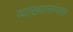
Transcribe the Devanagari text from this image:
व्याख्यानांनंतर